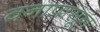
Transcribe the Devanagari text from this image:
वनापासून